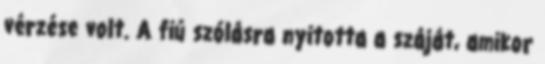
vérzése volt. A fiú szólásra nyitotta a száját, amikor